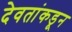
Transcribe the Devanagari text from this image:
देवतांकडून